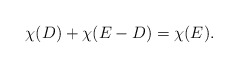
\begin{align*} \chi(D)+\chi(E-D)=\chi(E). \end{align*}